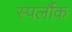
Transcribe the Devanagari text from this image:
स्पर्लौक